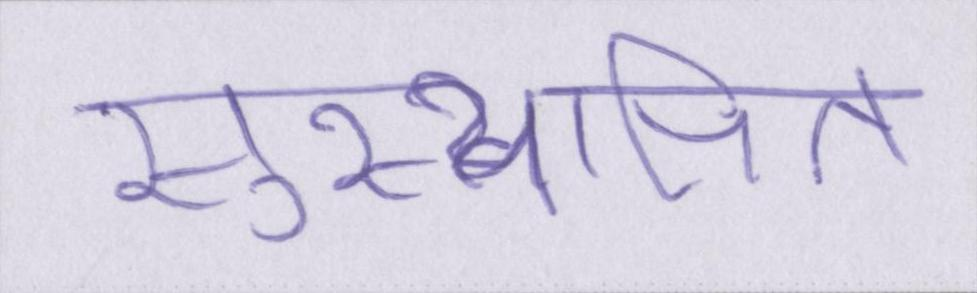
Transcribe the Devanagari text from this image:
सुस्थापित